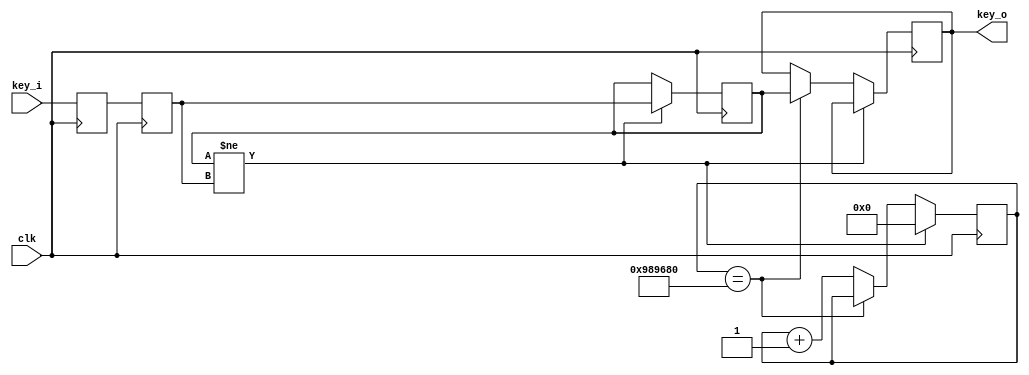
module debounce(clk,key_i,key_o);
    input clk;
    input key_i;
    output key_o;

    parameter NUMBER = 24'd10_000_000;
    parameter NBITS = 24;

    reg [NBITS-1:0] count;
    reg key_o_temp;

    reg key_m;
	reg key_i_t1,key_i_t2;

    assign key_o = key_o_temp;
	
	always @ (posedge clk) begin
		key_i_t1 <= key_i;
		key_i_t2 <= key_i_t1;
	end

    always @ (posedge clk) begin
        if (key_m!=key_i_t2) begin
            key_m <= key_i_t2;
            count <= 0;
        end
        else if (count == NUMBER) begin
            key_o_temp <= key_m;
        end
        else count <= count+1;
    end
endmodule